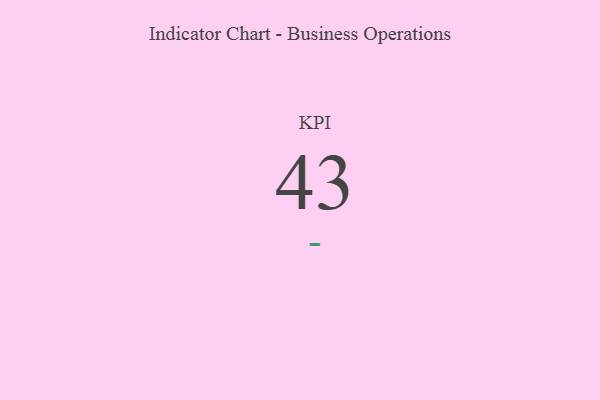
{"axis": {"x": "KPI", "y": "Value"}, "legend": [""], "data": [{"x": "KPI", "y": 43, "type": ""}]}